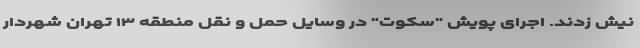
نیش زدند. اجرای پویش "سکوت" در وسایل حمل و نقل منطقه ۱۳ تهران شهردار